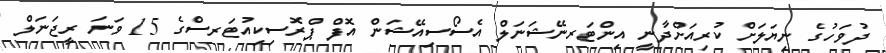
ދުވަހުގެ ނިޔަލަށް ކުރިއަށްދާނީ އިންޓަރނޭޝަނަލް އެސޯސިއޭޝަން އޮފް ޕްރޮސިކިއުޓަރސްގެ 15 ވަނަ ރީޖަނަލް